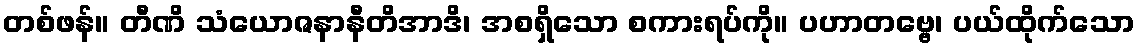
တစ်ဖန်။ တီဏိ သံယောဇနာနီတိအာဒိ၊ အစရှိသော စကားရပ်ကို။ ပဟာတဗ္ဗေ၊ ပယ်ထိုက်သော